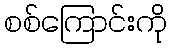
စစ်ကြောင်းကို